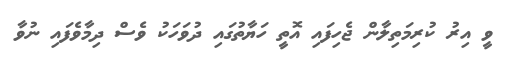
ވީ އިރު ކުރިމަތިލާން ޖެހިފައި އޮތީ ހަޔާތުގައި ދުވަހަކު ވެސް ދިމާވެފައި ނުވާ